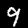
Label: 9